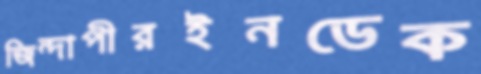
জিন্দাপীরইনডেক